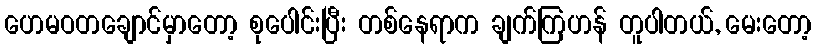
ဟေမဝတချောင်မှာတော့ စုပေါင်းပြီး တစ်နေရာက ချက်ကြဟန် တူပါတယ်, မေးတော့